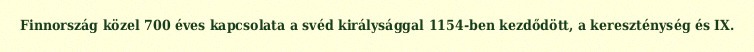
Finnország közel 700 éves kapcsolata a svéd királysággal 1154-ben kezdődött, a kereszténység és IX.